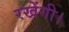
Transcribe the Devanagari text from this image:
रखेंगी।